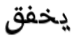
يخفق